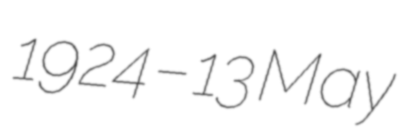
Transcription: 1924 – 13 May